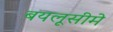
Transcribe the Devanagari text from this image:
बयलूसीमे